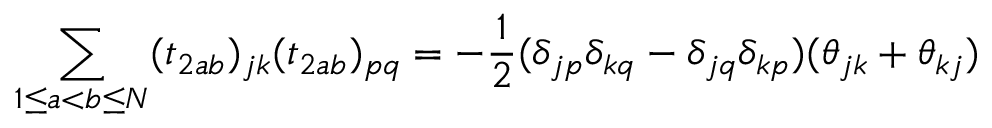
\sum _ { 1 \le a < b \le N } ( t _ { 2 a b } ) _ { j k } ( t _ { 2 a b } ) _ { p q } = - \frac { 1 } { 2 } ( \delta _ { j p } \delta _ { k q } - \delta _ { j q } \delta _ { k p } ) ( \theta _ { j k } + \theta _ { k j } )